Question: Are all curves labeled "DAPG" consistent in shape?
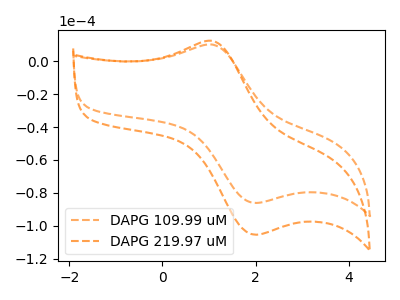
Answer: <think>The orange dashed curve "DAPG 109.99 uM" has an anodic peak at (1.10V, 10.00uA) and a cathodic peak at (2.00V, -86.05uA). The orange dashed curve "DAPG 219.97 uM" has an anodic peak at (1.10V, 12.20uA) and a cathodic peak at (2.00V, -105.35uA).
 All the peaks in "DAPG 109.99 uM" have a peak in "DAPG 219.97 uM" at the same potential. Every peak in "DAPG 109.99 uM" is lower than every peak in "DAPG 219.97 uM".</think>
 <answer>All the CV's of "DAPG" have similar shape.</answer>
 <eval>follow_rule</eval>